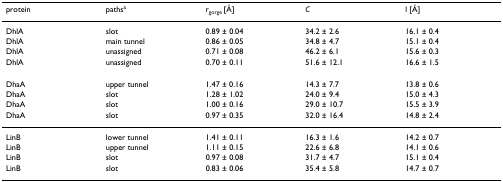
<table><thead><tr><td><b>protein</b></td><td><b>paths<sup>a</sup></b></td><td><b>r<sub>gorge </sub>[Å]</b></td><td><b><i>C</i></b></td><td><b>l [Å]</b></td></tr></thead><tbody><tr><td>DhlA</td><td>slot</td><td>0.89 ± 0.04</td><td>34.2 ± 2.6</td><td>16.1 ± 0.4</td></tr><tr><td>DhlA</td><td>main tunnel</td><td>0.86 ± 0.05</td><td>34.8 ± 4.7</td><td>15.1 ± 0.4</td></tr><tr><td>DhlA</td><td>unassigned</td><td>0.71 ± 0.08</td><td>46.2 ± 6.1</td><td>15.6 ± 0.3</td></tr><tr><td>DhlA</td><td>unassigned</td><td>0.70 ± 0.11</td><td>51.6 ± 12.1</td><td>16.6 ± 1.5</td></tr><tr><td>DhaA</td><td>upper tunnel</td><td>1.47 ± 0.16</td><td>14.3 ± 7.7</td><td>13.8 ± 0.6</td></tr><tr><td>DhaA</td><td>slot</td><td>1.28 ± 1.02</td><td>24.0 ± 9.4</td><td>15.0 ± 4.3</td></tr><tr><td>DhaA</td><td>slot</td><td>1.00 ± 0.16</td><td>29.0 ± 10.7</td><td>15.5 ± 3.9</td></tr><tr><td>DhaA</td><td>slot</td><td>0.97 ± 0.35</td><td>32.0 ± 16.4</td><td>14.8 ± 2.4</td></tr><tr><td>LinB</td><td>lower tunnel</td><td>1.41 ± 0.11</td><td>16.3 ± 1.6</td><td>14.2 ± 0.7</td></tr><tr><td>LinB</td><td>upper tunnel</td><td>1.11 ± 0.15</td><td>22.6 ± 6.8</td><td>14.1 ± 0.6</td></tr><tr><td>LinB</td><td>slot</td><td>0.97 ± 0.08</td><td>31.7 ± 4.7</td><td>15.1 ± 0.4</td></tr><tr><td>LinB</td><td>slot</td><td>0.83 ± 0.06</td><td>35.4 ± 5.8</td><td>14.7 ± 0.7</td></tr></tbody></table>